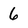
Character: 6